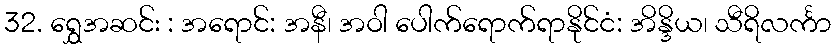
32. ရွှေအဆင်း : အရောင်: အနီ၊ အဝါ ပေါက်ရောက်ရာနိုင်ငံ: အိန္ဒိယ၊ သီရိလင်္ကာ